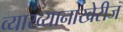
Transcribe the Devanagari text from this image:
व्याख्यानाखेरीज